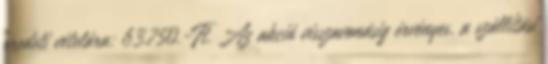
eredeti vételára: 63.750.-Ft. Az akció visszavonásig érvényes, a szállítási